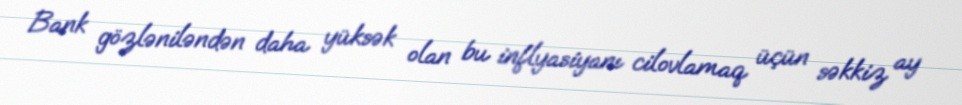
Bank gözləniləndən daha yüksək olan bu inflyasiyanı cilovlamaq üçün səkkiz ay